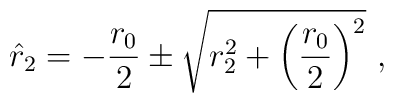
\hat{r}_2 =  - {r_0 \over 2} \pm\sqrt{r_2^2 + \left( {r_0 \over 2} \right)^2}\ ,